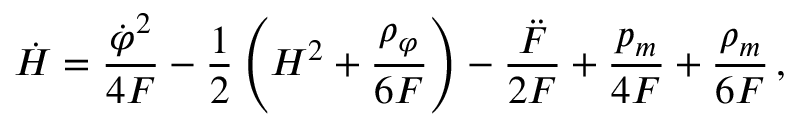
\dot { H } = \frac { { \dot { \varphi } } ^ { 2 } } { 4 F } - \frac { 1 } { 2 } \left( H ^ { 2 } + \frac { { \rho } _ { \varphi } } { 6 F } \right) - \frac { \ddot { F } } { 2 F } + \frac { p _ { m } } { 4 F } + \frac { \rho _ { m } } { 6 F } \, ,